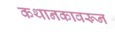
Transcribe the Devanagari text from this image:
कथानकावरून